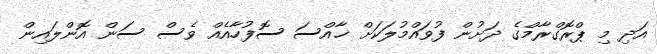
އަދި މި ޕްރޮގްރާމްގެ ދަށުން ފުވައްމުލަކަށް ޚާއްސަ ސޮފުހާއެއް ވެސް ސަން އޮންލައިން